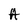
Character: A